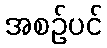
အစဉ်ပင်